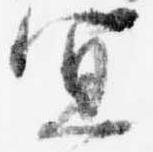
宜